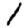
Digit: 1